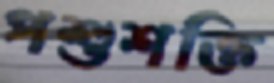
পশুশক্তি